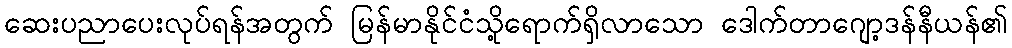
ဆေးပညာပေးလုပ်ရန်အတွက် မြန်မာနိုင်ငံသို့ရောက်ရှိလာသော ဒေါက်တာဂျော့ဒန်နီယန်၏